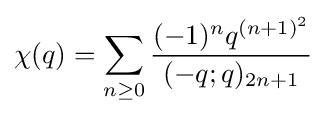
\chi (q)=\sum _{n\geq 0}{\frac {(-1)^{n}q^{(n+1)^{2}}}{(-q;q)_{2n+1}}}